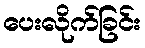
ပေးလိုက်ခြင်း